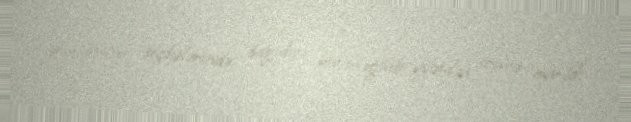
parlament seçkilərində dağıdıcı bir məğlubiiyyətdən sonra ayrıldı.